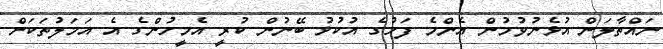
ނައްތާލަން އުޅެނުވުމުން އެންމެ ފަހުގެ އުކުޅު ބޭނުން ކުރީ އެމީހުންގެ އެ އަމަލުތަކަށް